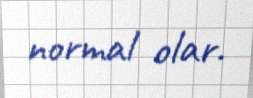
normal olar.